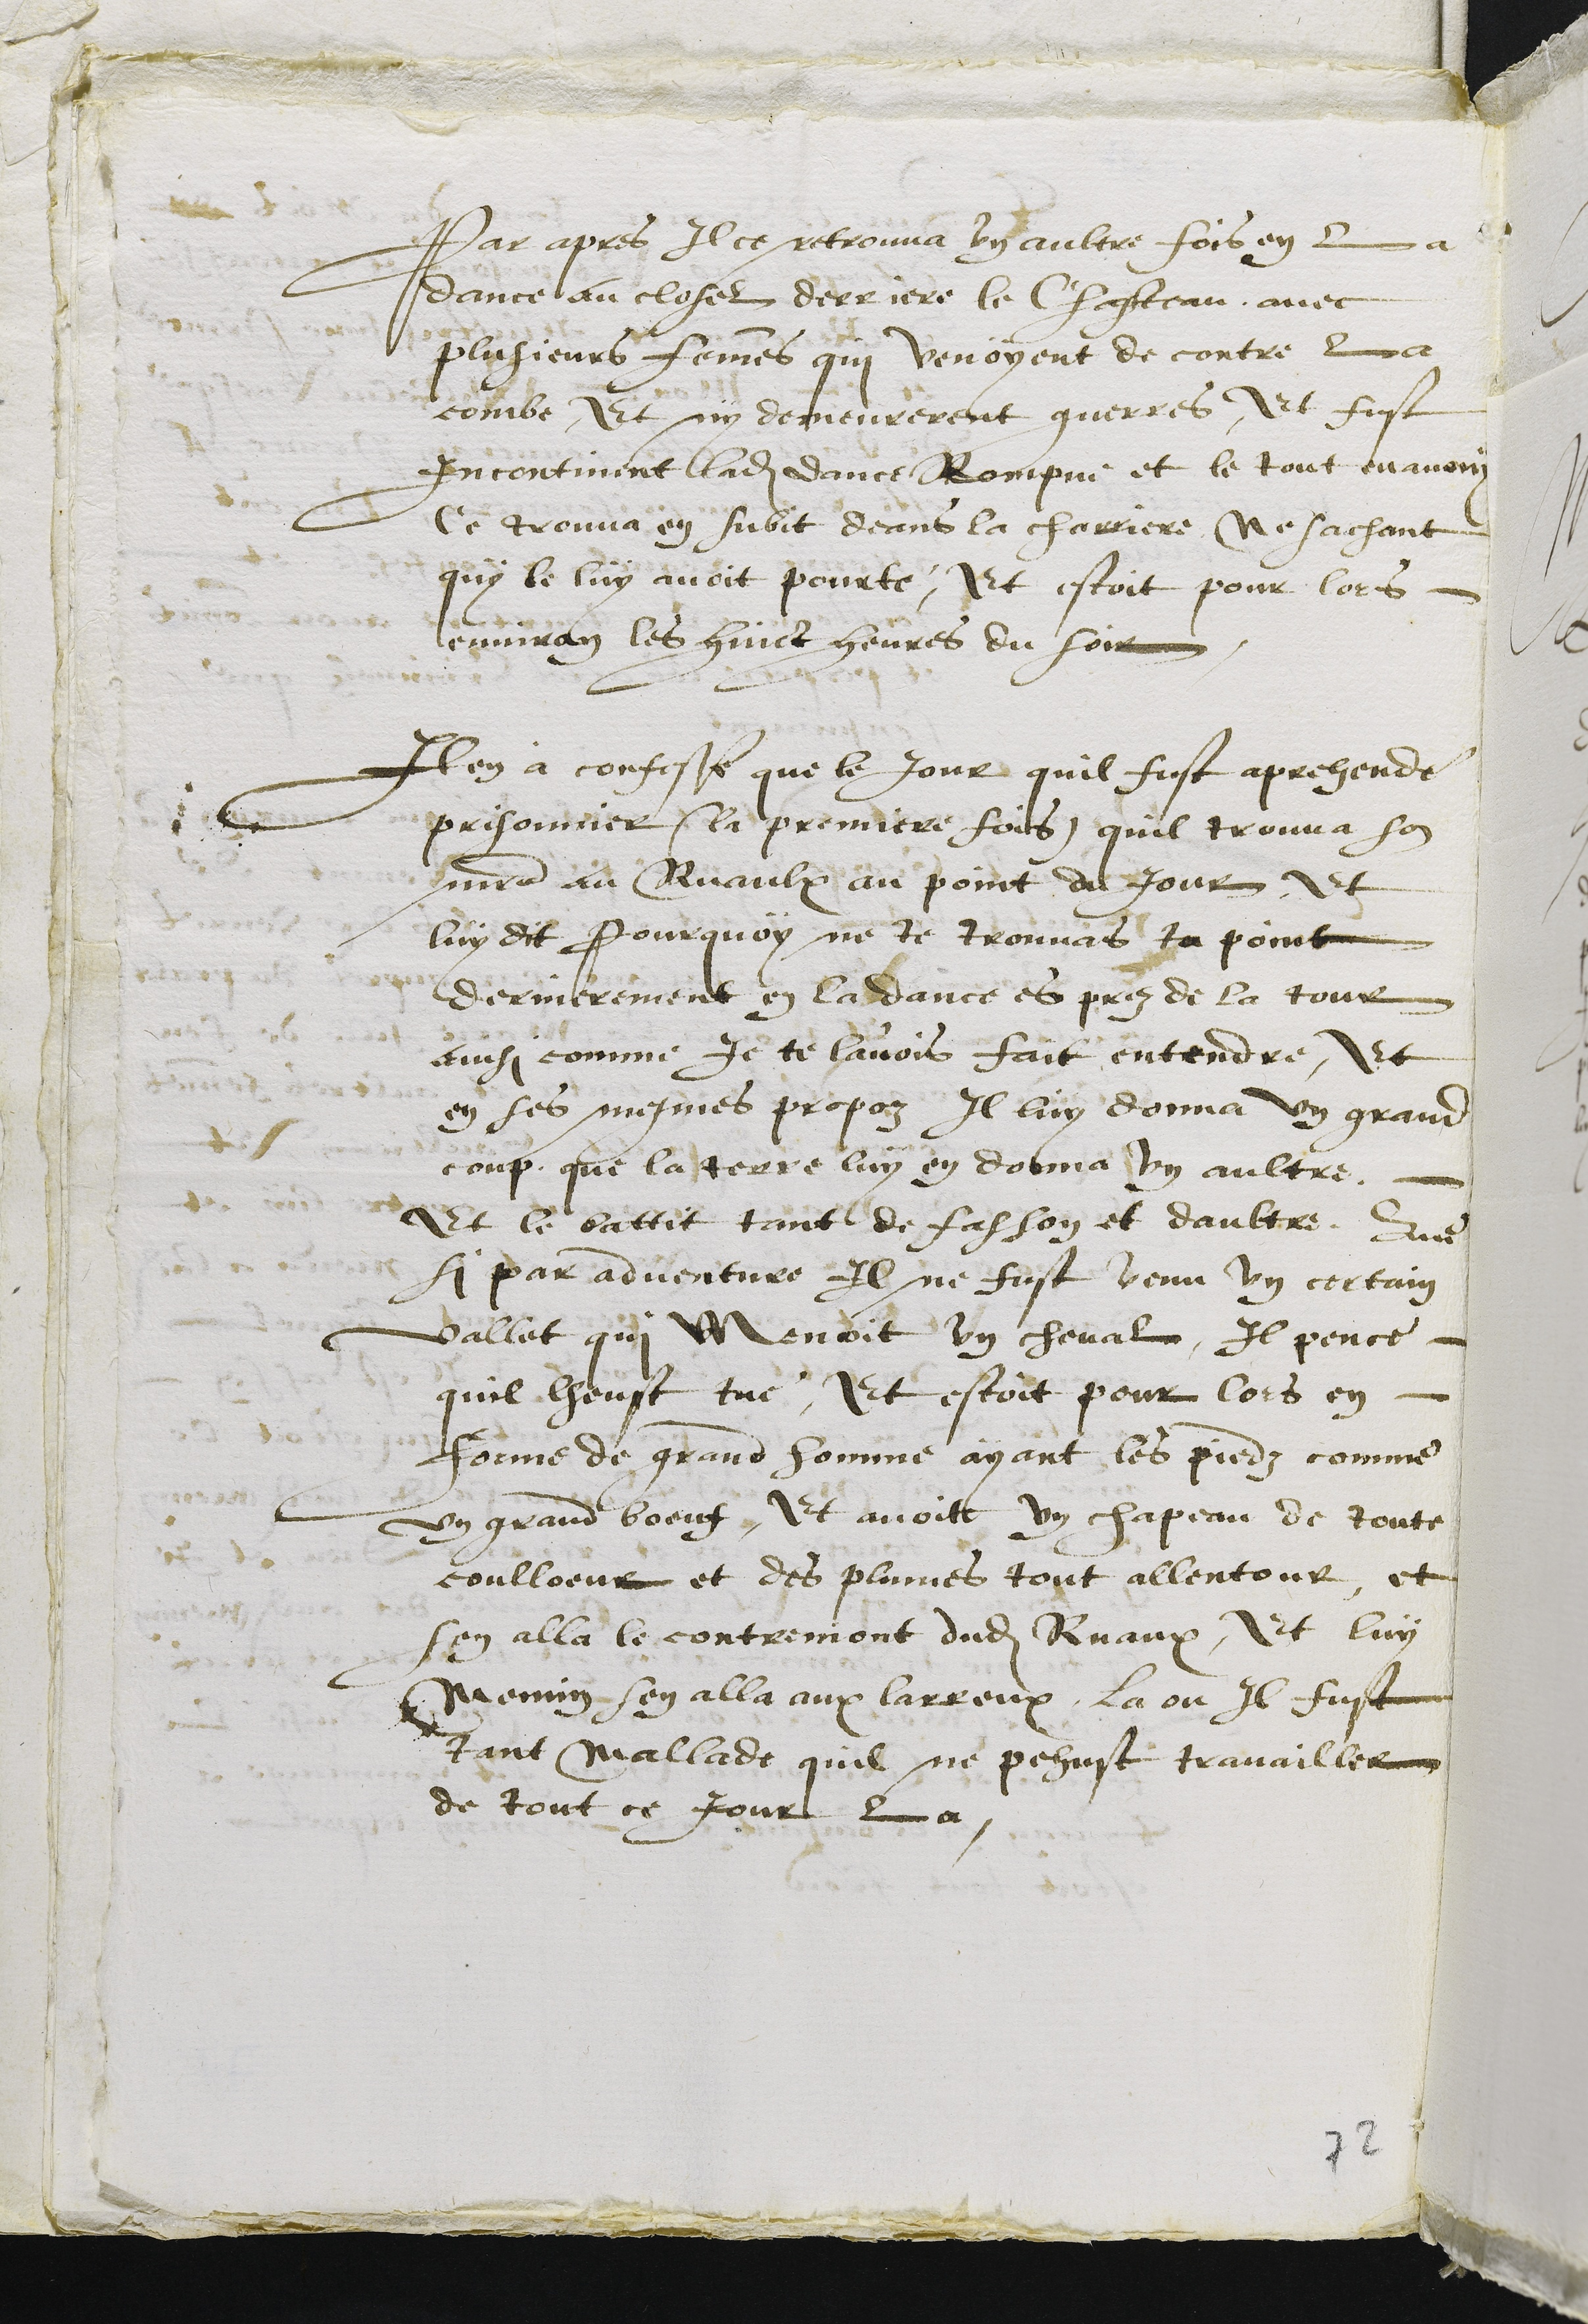
Par apres Il ce retrouva un aultre fois en la
dance au clossel derriere le Chasteau, avec
plusieurs femmes qui venoyent de contre la
combe, Et ny demeurerent guerres, Et fust
Incontinent ladite dance Rompue et le tout evanouy
ce trouva en subit deans la charriere, Ne sachant
quy le luy avoit pourté, Et estoit pour lors
environ les huict heures du soir
Item a confesse que le jour quil fust aprehende
prisonnier (la premiere fois) quil trouva son
maitre au Ruaulx au point du Jour et
luy dit Pourquoy ne te trouvas tu point
dernierement en la dance es prez de la tour
ainsi comme Je te l'avois fait entendre et
en ses mesmes propoz Il luy donna un grand
coup que la terre luy en donna un aultre.
Et le battit tant de Fasson et daultre, Que
si par adventure il ne fust venu un certain
vallet qui menoit un cheval, Il pence
quil lheust tue, Et estoit pour lors en
forme de grand homme ayant les piedz comme
un grand boeufz, Et avoit un chappeau de toute
coulloeur et des plumes tout allentour, et
sen alla le contremont dudit Ruaux, Et luy
Mennin sen alla aux larreux, la ou il fust
tant mallade quil ne pehust travailler
de tout ce jour la.
72